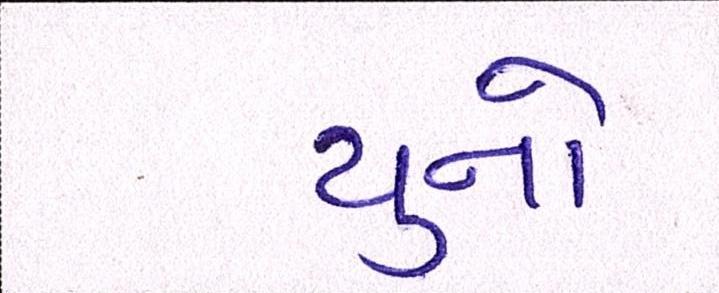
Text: યુનો